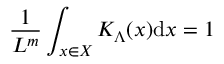
\frac { 1 } { L ^ { m } } \int _ { x \in { \cal { X } } } K _ { \Lambda } ( x ) \mathrm { d } x = 1